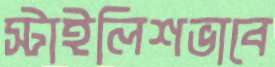
স্টাইলিশভাবে